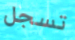
تسجل